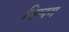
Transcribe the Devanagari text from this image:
बिलग